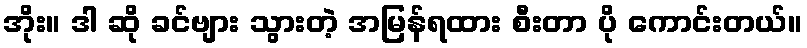
အိုး။ ဒါ ဆို ခင်ဗျား သွားတဲ့ အမြန်ရထား စီးတာ ပို ကောင်းတယ်။